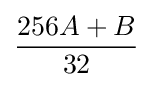
{\frac {256A+B}{32}}